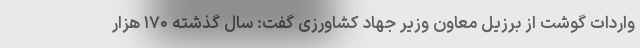
واردات گوشت از برزیل معاون وزیر جهاد کشاورزی گفت: سال گذشته ۱۷۰ هزار